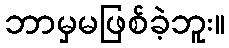
ဘာမှမဖြစ်ခဲ့ဘူး။